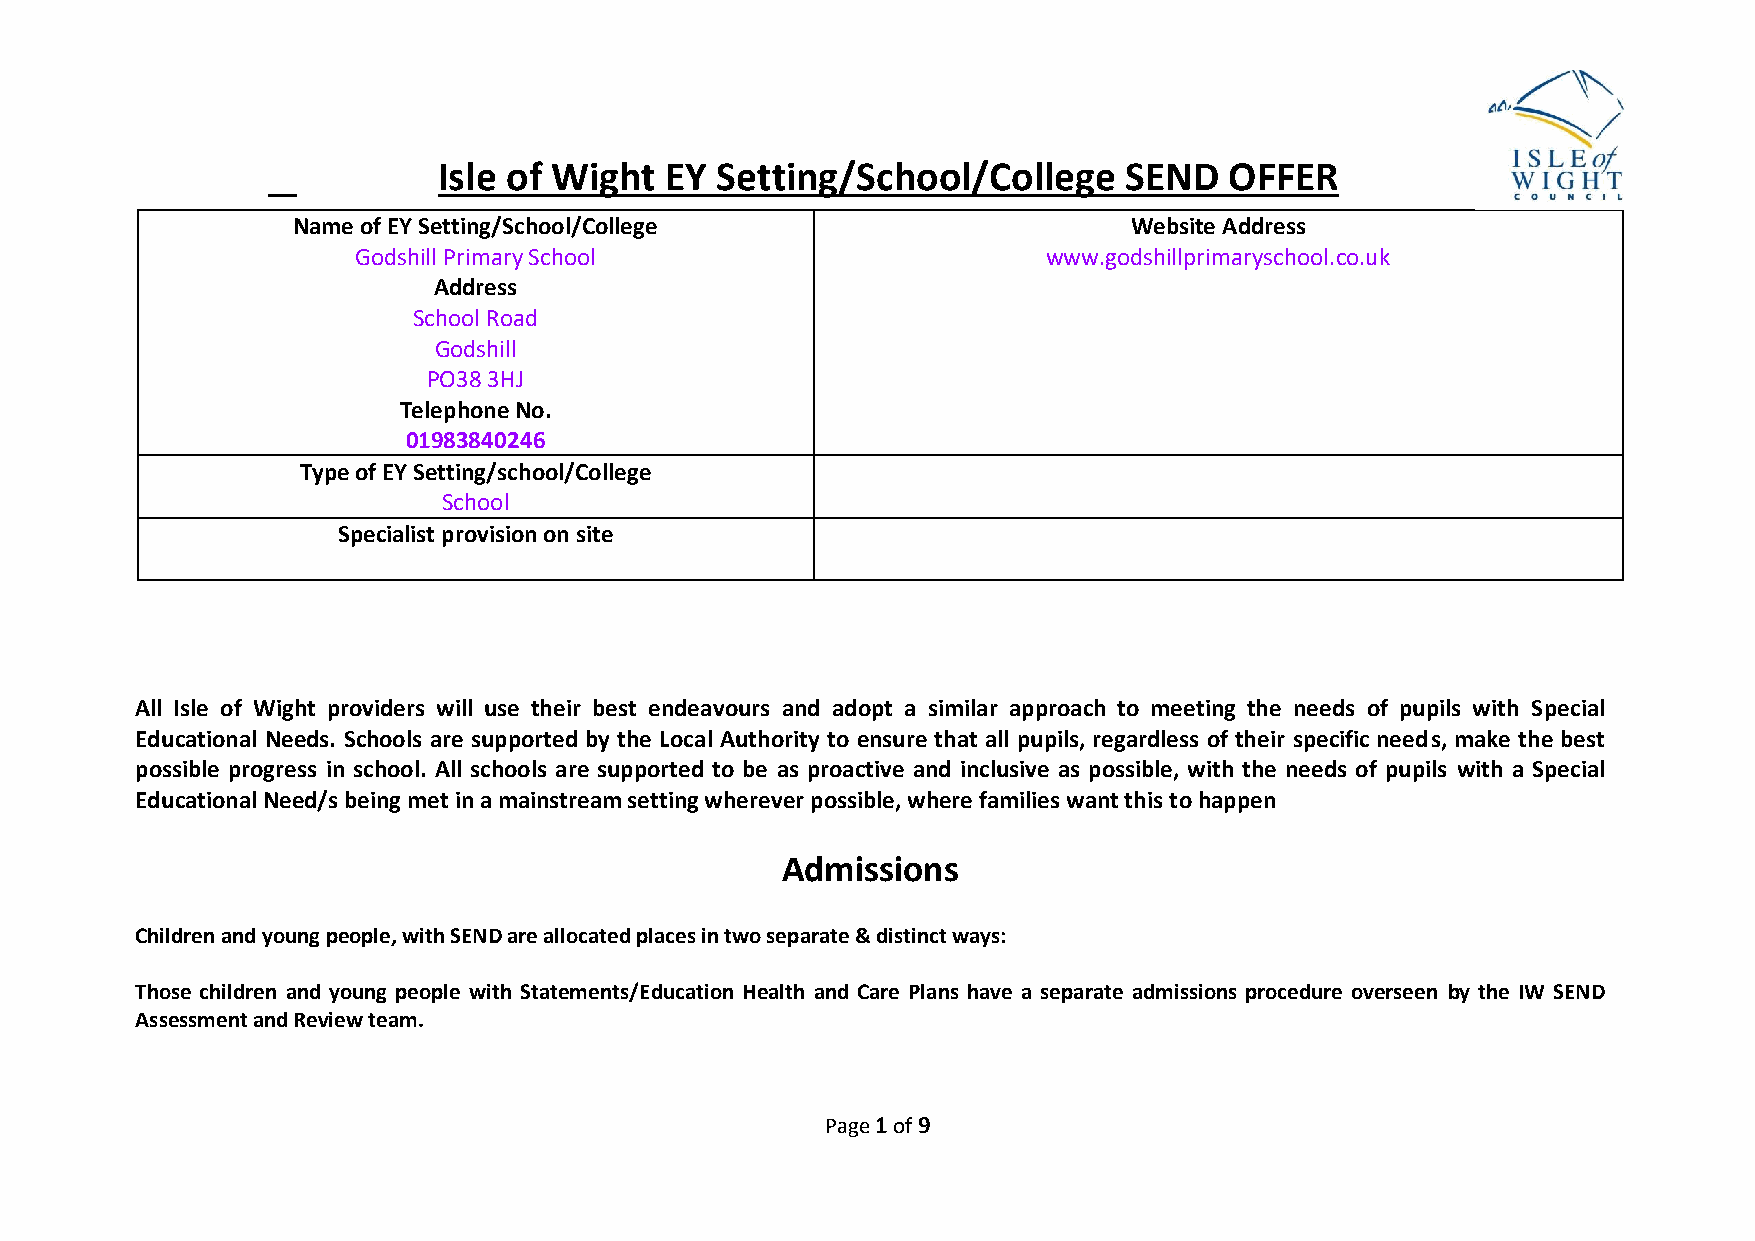
Isle of Wight  EY Setting/School/College     SEND   OFFER
 Name of EY Setting/School/College                       Website Address
 Godshill Primary School                      www.godshillprimaryschool.co.uk
 Address
 School Road
 Godshill
 PO38 3HJ
 Telephone No.
 01983840246
 Type of EY Setting/school/College
 School
 Specialist provision on site
 All Isle of Wight providers will use their best endeavours and adopt a similar approach to meeting the needs of pupils with Special
 Educational Needs. Schools are supported by the Local Authority to ensure that all pupils, regardless of their specific needs, make the best
 possible progress in school. All schools are supported to be as proactive and inclusive as possible, with the needs of pupils with a Special
 Educational Need/s being met in a mainstream setting wherever possible, where families want this to happen
 Admissions
 Children and young people, with SEND are allocated places in two separate & distinct ways:
 Those children and young people with Statements/Education Health and Care Plans have a separate admissions procedure overseen by the IW SEND
 Assessment and Review team.
 Page 1 of 9